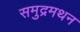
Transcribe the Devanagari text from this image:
समुद्रमथन